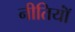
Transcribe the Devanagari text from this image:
नीतियॉं